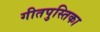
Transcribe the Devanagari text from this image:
गीतपुस्तिका